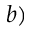
b )